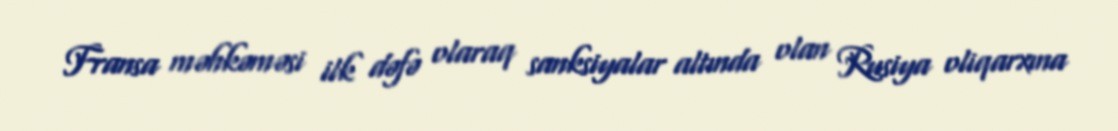
Fransa məhkəməsi ilk dəfə olaraq sanksiyalar altında olan Rusiya oliqarxına